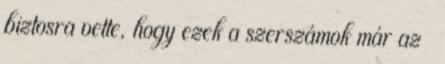
biztosra vette, hogy ezek a szerszámok már az ı